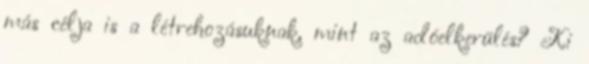
más célja is a létrehozásuknak, mint az adóelkerülés? Ki